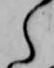
ら